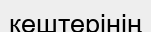
кештерінің